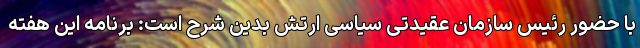
با حضور رئیس سازمان عقیدتی سیاسی ارتش بدین شرح است: برنامه این هفته